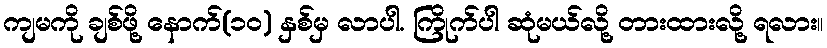
ကျမကို ချစ်ဖို့ နောက်(၁၀) နှစ်မှ လာပါ. ကြိုက်ပါ ဆုံမယ်လို့ တားထားလို့ ရလား။